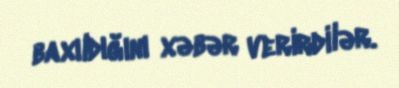
baxıldığını xəbər verirdilər.